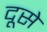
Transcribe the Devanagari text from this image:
दूसे